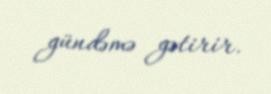
gündəmə gətirir.